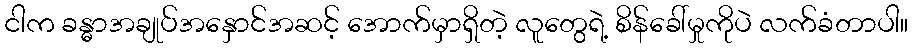
ငါက ခန္ဓာအချုပ်အနှောင်အဆင့် အောက်မှာရှိတဲ့ လူတွေရဲ့ စိန်ခေါ်မှုကိုပဲ လက်ခံတာပါ။